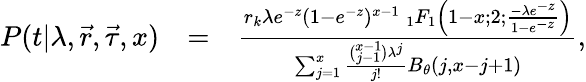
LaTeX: \begin{array}{rlr}{P(t|\lambda,\vec{r},\vec{\tau},x)}&{=}&{\frac{r_{k}\lambda e^{-z}(1-e^{-z})^{x-1}\: _{1}F_{1}\left(1-x;2;\frac{-\lambda e^{-z}}{1-e^{-z}}\right)}{\sum_{j=1}^{x}\frac{\binom{x-1}{j-1}\lambda^{j}}{j!}B_{\theta}(j,x-j+1)},}\end{array}